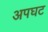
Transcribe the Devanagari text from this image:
अपघट